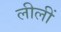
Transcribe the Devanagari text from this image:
लीलीं